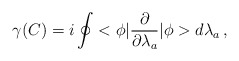
\begin{align*}\gamma(C)=i\oint<\phi|\frac{\partial}{\partial\lambda_a}|\phi>d\lambda_a\,{,}\end{align*}